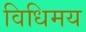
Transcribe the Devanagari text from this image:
विधिमय